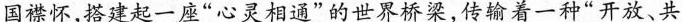
国襟怀，搭建起一座“心灵相通”的世界桥梁，传输着一种”开放、共